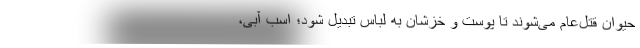
حیوان قتل‌عام می‌شوند تا پوست و خزشان به لباس تبدیل شود؛ اسب آبی،